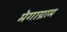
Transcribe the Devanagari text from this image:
मेगाग्राम